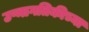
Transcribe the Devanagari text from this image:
उष्मागतिकीच्या